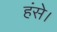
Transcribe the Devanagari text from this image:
हंसे।